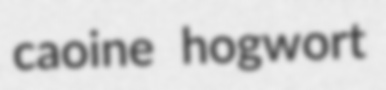
caoine hogwort